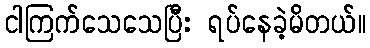
ငါကြက်သေသေပြီး ရပ်နေခဲ့မိတယ်။